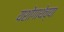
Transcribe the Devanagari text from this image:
यशोगाथेच्या